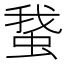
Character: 䖸